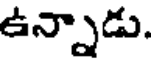
ఉన్నాడు.